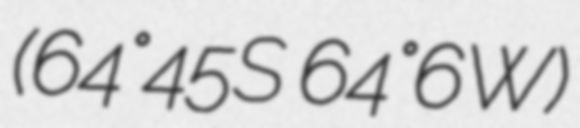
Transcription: (64°45′S 64°6′W)